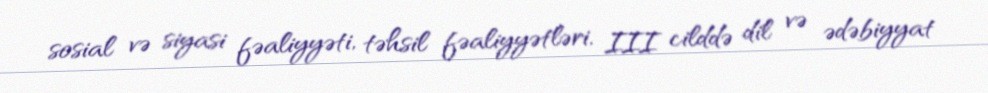
sosial və siyasi fəaliyyəti, təhsil fəaliyyətləri, III cilddə dil və ədəbiyyat